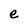
Character: e